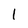
Character: 1